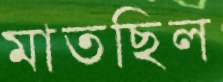
মাতছিল